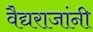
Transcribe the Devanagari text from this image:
वैद्यराजांनी